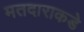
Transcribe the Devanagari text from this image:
मतदाराकडे